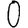
Digit: 0